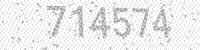
Solution: 714574